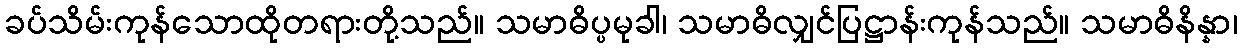
ခပ်သိမ်းကုန်သောထိုတရားတို့သည်။ သမာဓိပ္ပမုခါ၊ သမာဓိလျှင်ပြဋ္ဌာန်းကုန်သည်။ သမာဓိနိန္နာ၊